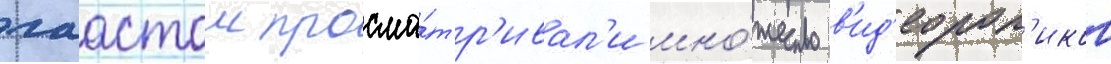
лаастом просма́тр'ивал'и мно́жество в'ид'еорол'иков